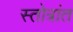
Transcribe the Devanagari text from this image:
स्तोत्रांत